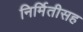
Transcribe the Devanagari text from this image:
निर्मितीसह